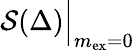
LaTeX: \mathcal{S}(\Delta)\Big|_{m_{\mathrm{ex}}=0}